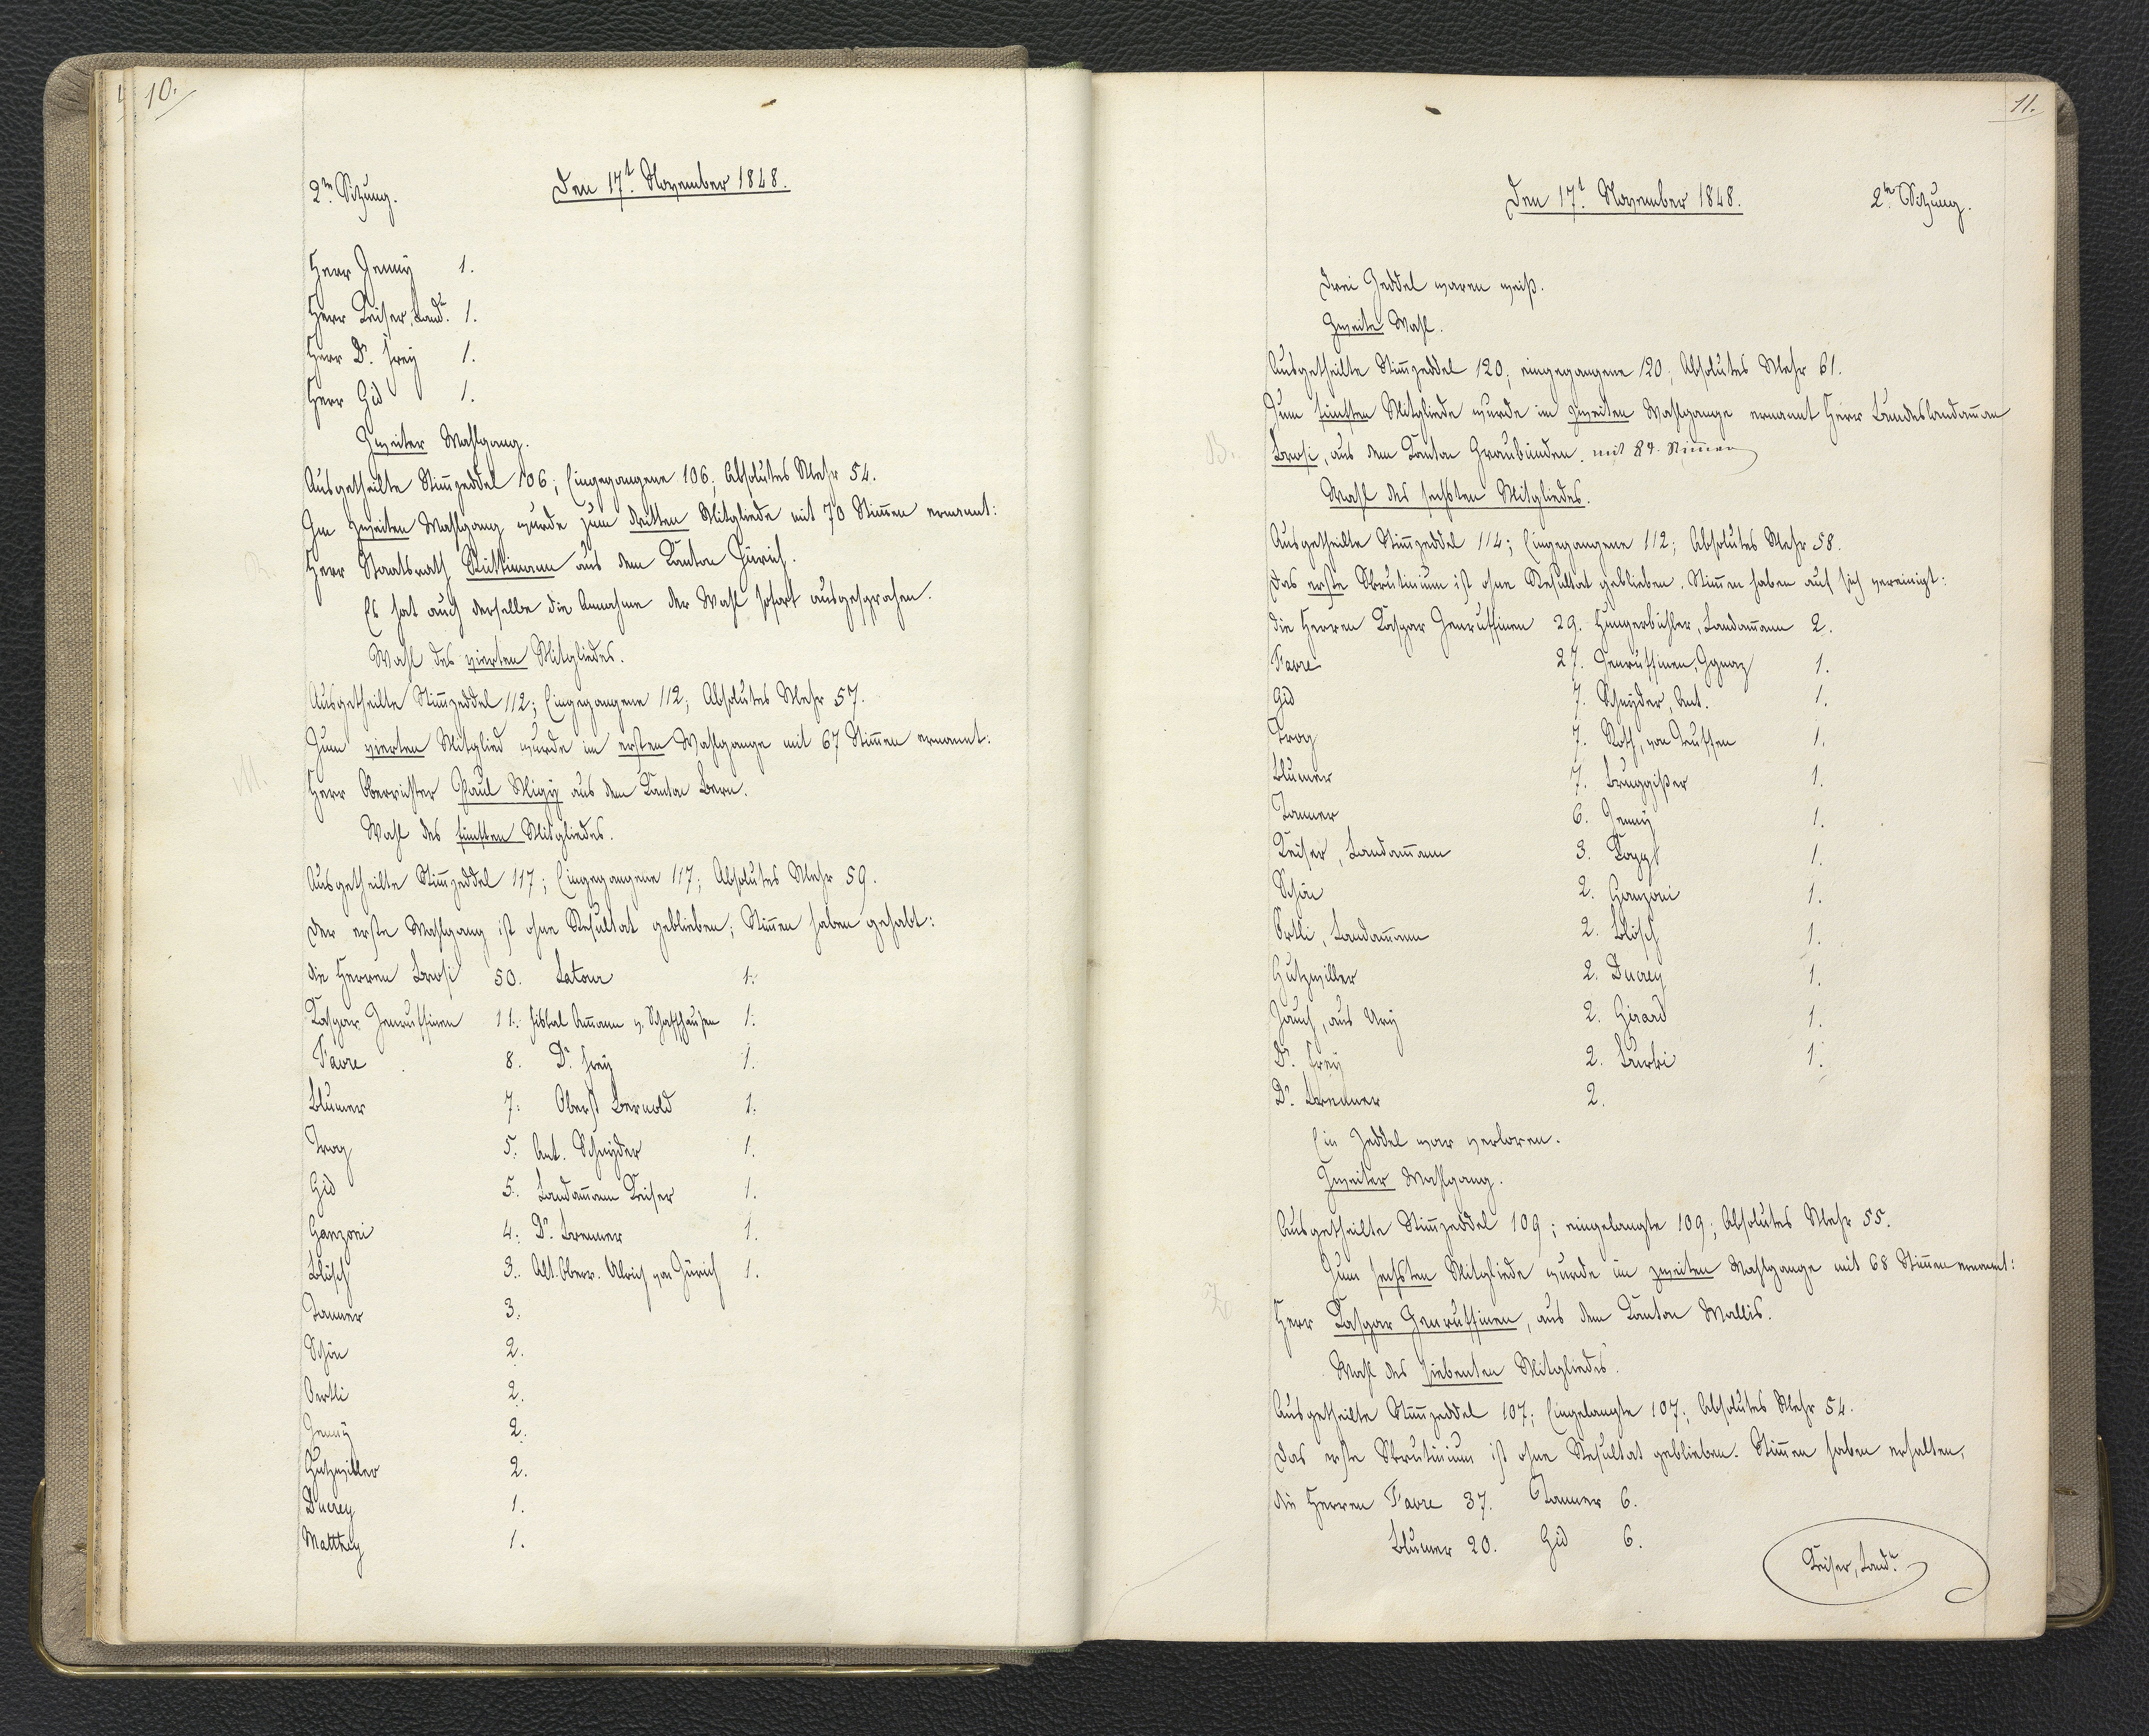
10.

2.te Sitzung.
Den 17.t November 1848.

Herr Jenny 1.
Herr Keiser, Landr. 1.
Herr Dr. Frey 1.
Herr Gid 1.
Zweiter Wahlgang.
Ausgetheilte Stimmzeddel 106; Eingegangene 106; Absolutes Mehr 54.
Im zweiten Wahlgang wurde zum dritten Mitgliede mit 70 Stimmen ernannt:
Herr Staatsrath Rüttimann aus dem Kanton Zürich.
Es hat auch derselbe die Annahme der Wahl sofort ausgesprochen.
Wahl des vierten Mitgliedes.
Ausgetheilte Stimmzeddel 112; Eingegangene 112; Absolutes Mehr 57.
Zum vierten Mitglied wurde im ersten Wahlgange mit 67 Stimmen ernannt:
Herr Oberrichter Paul Migy aus dem Kanton Bern.
Wahl des fünften Mitgliedes.
Ausgetheilte Stimmzeddel 117; Eingegangene 117; Absolutes Mehr 59.
Der erste Wahlgang ist ohne Resultat geblieben; Stimmen haben gehabt:
die Herren Brosi 50. Latour 1
Kaspar Zenruffinen 11. xxx Ammann v. Schaffhausen 1.
Favre 8. Dr. Frey 1.
Blumer 7. Oberst Bernold 1.
Trog 5 Ant. Schnieder 1.
Gid 5. Landammann Keiser 1.
Ganzoni 4. Dr. Brenner 1.
Blösch 3. Alt. Oberr. Ulrich von Zürich 1.
Tanner 3.
Schön 2.
Bertli 2.
Jenny 2.
Hutzwiller 2.
Ducrey 1.
Matthey 1.

11.

Den 17.t November 1848.
﻿2.te Sitzung

Drei Zeddel waren weiß.
Zweite Wahl.
Ausgetheilte Stimmzeddel 120; eingegangene 120; Absolutes Mehr 61.
Zum fünften Mitgliede wurde im zweiten Wahlgange ernannt Herr Landeslandammann
Brosi, aus dem Kanton Graubünden mit 84. Stimmen
Wahl des sechsten Mitgliedes.
Ausgetheilte Stimmzeddel 114; Eingegangene 112; Absolutes Mehr 58.
Das erste Obkrutium ist ohne Resultat geblieben. Stimmen haben auf sich vereinigt:
die Herren Kaspar Zenruffinnen 29. Hungerbühler, Landammann 2.
Favre 27. Zenruffinen, Ignaz 1.
Gid 7. Schnyder, Ant. 1.
Trog 7. Roth, von Teuffen 1.
Blumer 7. Bruggißer 1.
Tanner 6. Jenny 1.
Keiser, Landammann 3. Kopp 1.
Schön 2. Ganzoni 1.
Örtli, Landamman 2. Blösch 1.
Gutzwiller 2. Ducrey 1.
Jauch, aus Ury 2. Girard 1.
Dr. Frey 2. Burki 1.
Dr. Brenner 2.
Ein Zeddel war verloren.
Zweiter Wahlgang
Ausgetheilte Stimmzeddel 109; eingelangte 109; Absolutes Mehr 55.
Zum sechsten Mitgliede wurde im zweiten Wahlgange mit 68 Stimmen ernennt:
Herr Kaspar Zenruffinnen, aus dem Kanton Wallis.
Wahl des siebenten Mitgliedes.
Ausgetheilte Stimmzeddel 107; Eingelangte 107; Absolutes Mehr 54.
Das erste Skrutinium ist ohne Resultat geblieben. Stimmen haben erhalten:
Die Herren Favre 37. Tanner 6.
Blumer 20. Gid 6.
Keiser, Landr.